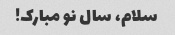
سلام، سال نو مبارک!